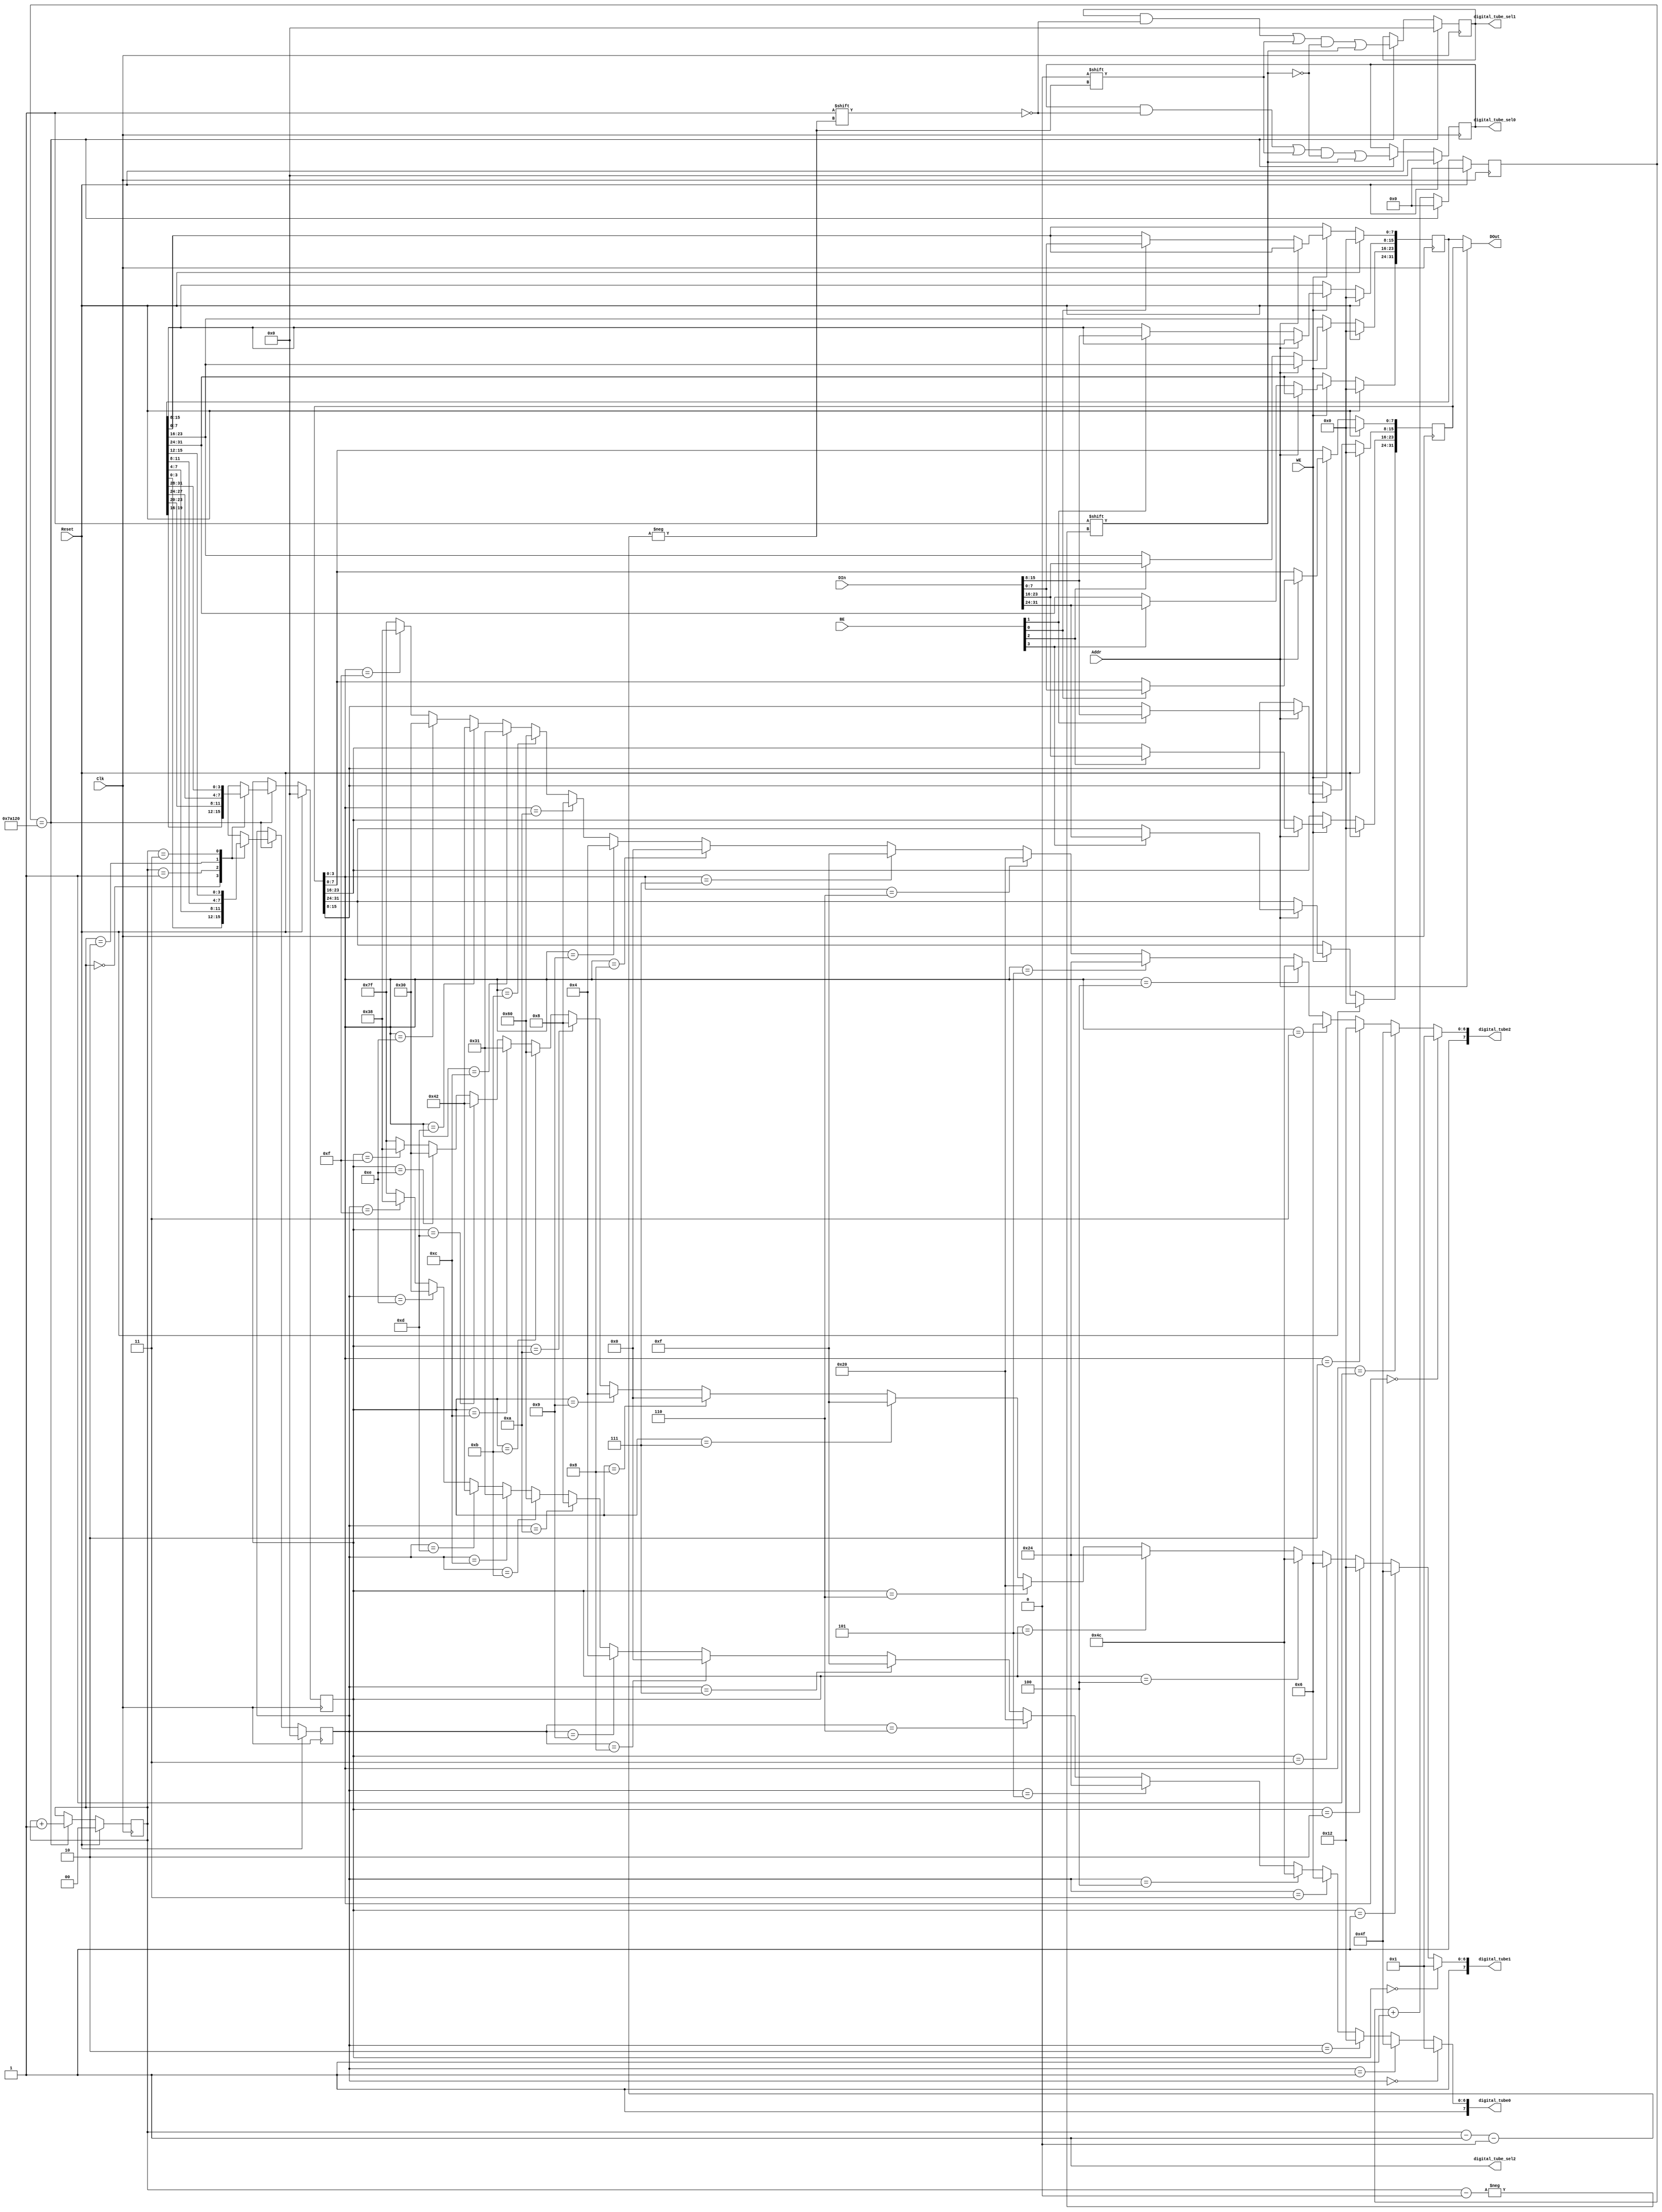
`timescale 1ns / 1ps
//////////////////////////////////////////////////////////////////////////////////
// Company: 
// Engineer: 
// 
// Design Name: 
// Module Name:    DigitalTube 
// Project Name: 
// Target Devices: 
// Tool versions: 
// Description: 
//
// Dependencies: 
//
// Revision: 
// Revision 0.01 - File Created
// Additional Comments: 
//
//////////////////////////////////////////////////////////////////////////////////
module DigitalTube(
    input Clk,
    input Reset,
	 input Addr,
    input WE,
    input [3:0] BE,
    input [31:0] DIn,
    output [31:0] DOut,
	 output [7:0] digital_tube2,
	 output digital_tube_sel2,
	 output [7:0] digital_tube1,
	 output reg [3:0] digital_tube_sel1,
	 output [7:0] digital_tube0,
	 output reg [3:0] digital_tube_sel0
    );

	reg [1:0] i;
	reg [3:0] tube1, tube0;
	reg [31:0] tube, sign, cnt;
	
	assign DOut = Addr ? sign : tube;
	
	assign digital_tube_sel2 = 1'b1;
	assign digital_tube2 = (sign[3:0] == 4'd0) ? 8'b10000001 :
								  (sign[3:0] == 4'd1) ? 8'b11001111 :
								  (sign[3:0] == 4'd2) ? 8'b10010010 :
								  (sign[3:0] == 4'd3) ? 8'b10000110 :
								  (sign[3:0] == 4'd4) ? 8'b11001100 :
								  (sign[3:0] == 4'd5) ? 8'b10100100 :
								  (sign[3:0] == 4'd6) ? 8'b10100000 :
								  (sign[3:0] == 4'd7) ? 8'b10001111 :
								  (sign[3:0] == 4'd8) ? 8'b10000000 :
								  (sign[3:0] == 4'd9) ? 8'b10000100 :
								  (sign[3:0] == 4'd10) ? 8'b10001000 :
								  (sign[3:0] == 4'd11) ? 8'b11100000 :
								  (sign[3:0] == 4'd12) ? 8'b10110001 :
								  (sign[3:0] == 4'd13) ? 8'b11000010 :
								  (sign[3:0] == 4'd14) ? 8'b10110000 :
								  (sign[3:0] == 4'd15) ? 8'b10111000 :
								  8'b11111111;
	assign digital_tube1 = (tube1 == 4'd0) ? 8'b10000001 :
								  (tube1 == 4'd1) ? 8'b11001111 :
								  (tube1 == 4'd2) ? 8'b10010010 :
								  (tube1 == 4'd3) ? 8'b10000110 :
								  (tube1 == 4'd4) ? 8'b11001100 :
								  (tube1 == 4'd5) ? 8'b10100100 :
								  (tube1 == 4'd6) ? 8'b10100000 :
								  (tube1 == 4'd7) ? 8'b10001111 :
								  (tube1 == 4'd8) ? 8'b10000000 :
								  (tube1 == 4'd9) ? 8'b10000100 :
								  (tube1 == 4'd10) ? 8'b10001000 :
								  (tube1 == 4'd11) ? 8'b11100000 :
								  (tube1 == 4'd12) ? 8'b10110001 :
								  (tube1 == 4'd13) ? 8'b11000010 :
								  (tube1 == 4'd14) ? 8'b10110000 :
								  (tube1 == 4'd15) ? 8'b10111000 :
								  8'b11111111;
	assign digital_tube0 = (tube0 == 4'd0) ? 8'b10000001 :
								  (tube0 == 4'd1) ? 8'b11001111 :
								  (tube0 == 4'd2) ? 8'b10010010 :
								  (tube0 == 4'd3) ? 8'b10000110 :
								  (tube0 == 4'd4) ? 8'b11001100 :
								  (tube0 == 4'd5) ? 8'b10100100 :
								  (tube0 == 4'd6) ? 8'b10100000 :
								  (tube0 == 4'd7) ? 8'b10001111 :
								  (tube0 == 4'd8) ? 8'b10000000 :
								  (tube0 == 4'd9) ? 8'b10000100 :
								  (tube0 == 4'd10) ? 8'b10001000 :
								  (tube0 == 4'd11) ? 8'b11100000 :
								  (tube0 == 4'd12) ? 8'b10110001 :
								  (tube0 == 4'd13) ? 8'b11000010 :
								  (tube0 == 4'd14) ? 8'b10110000 :
								  (tube0 == 4'd15) ? 8'b10111000 :
								  8'b11111111;
	
	
	always @ (posedge Clk) begin
		if (Reset) begin
			tube <= 0;
			sign <= 0;
			cnt <= 0;
			i <= 0;
			tube1 <= 0;
			tube0 <= 0;
			digital_tube_sel1 <= 0;
			digital_tube_sel0 <= 0;
		end
		else begin
			cnt <= cnt + 1;
			if (cnt == 500000) begin
				cnt <= 0;
				digital_tube_sel1[i - 2'b1] <= 1'b0;
				case (i)
					2'b00: tube1 <= tube[19:16];
					2'b01: tube1 <= tube[23:20];
					2'b10: tube1 <= tube[27:24];
					2'b11: tube1 <= tube[31:28];
				endcase
				digital_tube_sel1[i] <= 1'b1;
				digital_tube_sel0[i - 2'b1] <= 1'b0;
				case (i)
					2'b00: tube0 <= tube[3:0];
					2'b01: tube0 <= tube[7:4];
					2'b10: tube0 <= tube[11:8];
					2'b11: tube0 <= tube[15:12];
				endcase
				digital_tube_sel0[i] <= 1'b1;
				i <= i + 1'b1;
			end
			if (WE) begin
				case (Addr)
					1'b1: begin
						if (BE[3]) sign[31:24] <= DIn[31:24];
						if (BE[2]) sign[23:16] <= DIn[23:16];
						if (BE[1]) sign[15:8] <= DIn[15:8];
						if (BE[0]) sign[7:0] <= DIn[7:0];
					end
					1'b0: begin
						if (BE[3]) tube[31:24] <= DIn[31:24];
						if (BE[2]) tube[23:16] <= DIn[23:16];
						if (BE[1]) tube[15:8] <= DIn[15:8];
						if (BE[0]) tube[7:0] <= DIn[7:0];
					end
				endcase
			end
		end
	end

endmodule